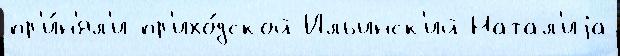
пр'и́н'ял'и пр'ихо́дской Ильинск'ий Натал'иjа